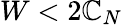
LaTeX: W<2\mathbb{C}_{N}